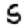
Digit: 5